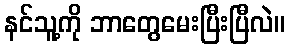
နင်သူ့ကို ဘာတွေမေးပြီးပြီလဲ။